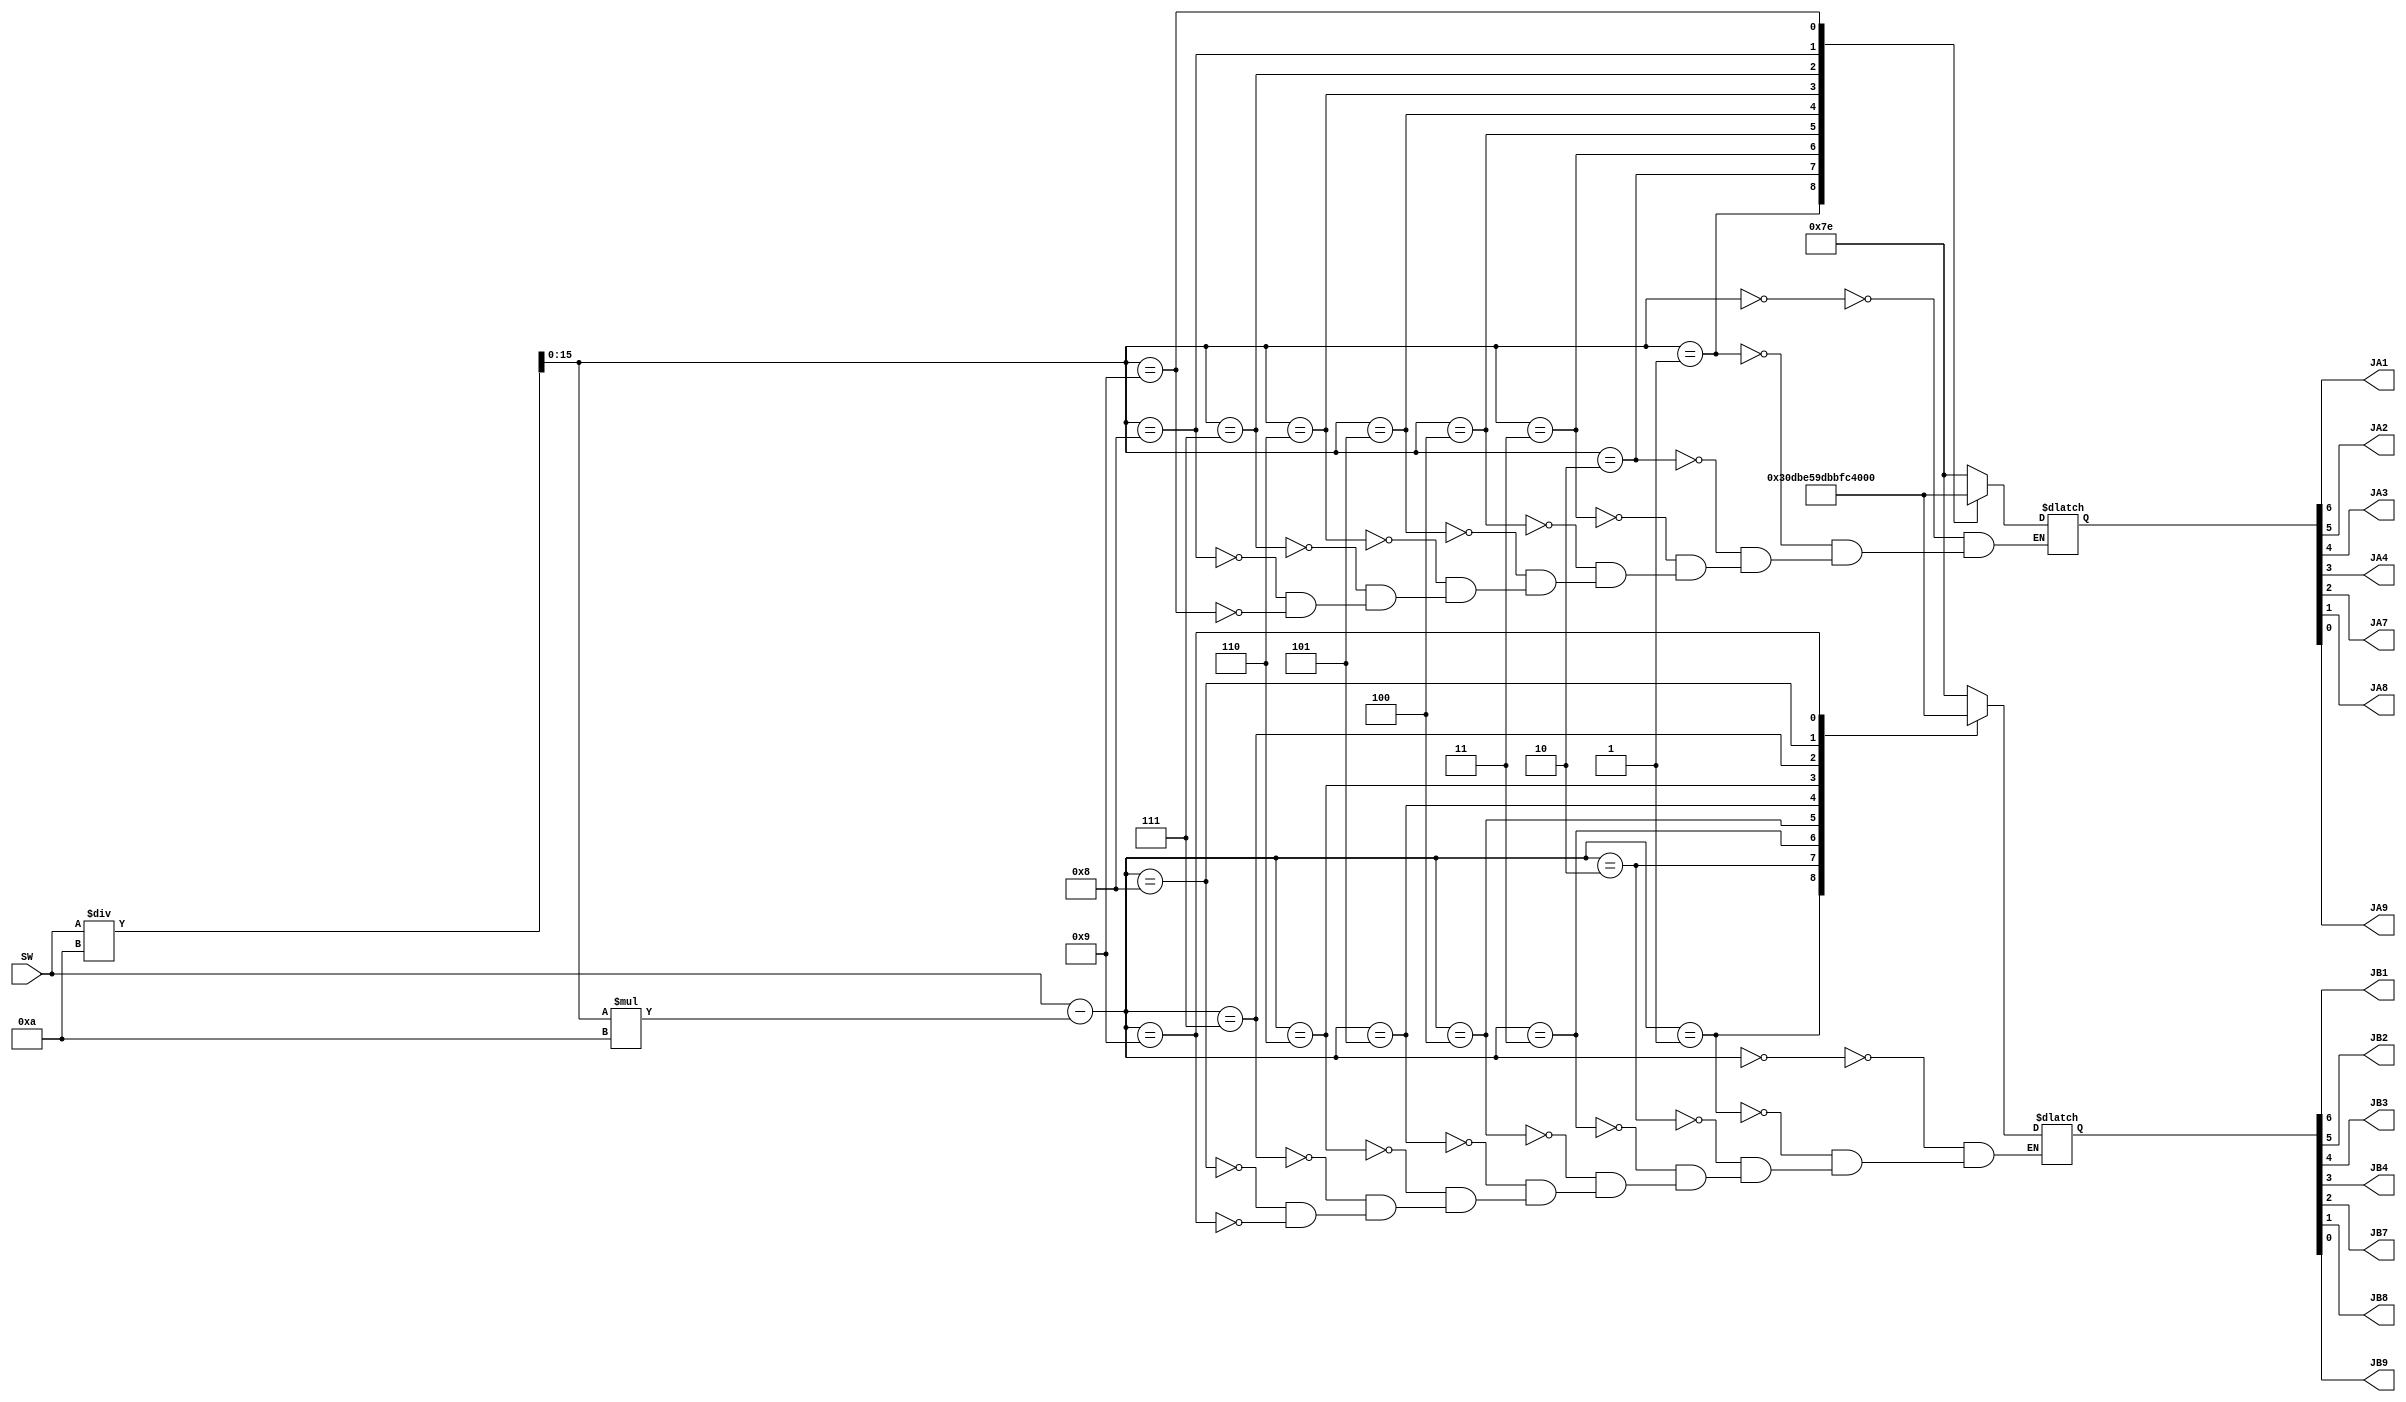
module display(JA1, JA2, JA3, JA4, JA7, JA8, JA9, JB1, JB2, JB3, JB4, JB7, JB8, JB9, SW);
    output JA1, JA2, JA3, JA4, JA7, JA8, JA9, JB1, JB2, JB3, JB4, JB7, JB8, JB9;
    input [15:0] SW;

    reg [15:0] msd, lsd = 0;
    reg [6:0] ctrl_msd, ctrl_lsd = 0;

    assign {JA1, JA2, JA3, JA4, JA7, JA8, JA9} = ctrl_msd; // JA1 = A, JA2 = B, ...
    assign {JB1, JB2, JB3, JB4, JB7, JB8, JB9} = ctrl_lsd;

    always begin
        msd = SW/10;
        lsd = SW - msd*10;
        case (msd)
            0 : ctrl_msd = 7'b1111110;
            1 : ctrl_msd = 7'b0110000;
            2 : ctrl_msd = 7'b1101101;
            3 : ctrl_msd = 7'b1111001;
            4 : ctrl_msd = 7'b0110011;
            5 : ctrl_msd = 7'b1011011;
            6 : ctrl_msd = 7'b1011111;
            7 : ctrl_msd = 7'b1110000;
            8 : ctrl_msd = 7'b1111111;
            9 : ctrl_msd = 7'b1110011;
        endcase
        case (lsd)
            0 : ctrl_lsd = 7'b1111110;
            1 : ctrl_lsd = 7'b0110000;
            2 : ctrl_lsd = 7'b1101101;
            3 : ctrl_lsd = 7'b1111001;
            4 : ctrl_lsd = 7'b0110011;
            5 : ctrl_lsd = 7'b1011011;
            6 : ctrl_lsd = 7'b1011111;
            7 : ctrl_lsd = 7'b1110000;
            8 : ctrl_lsd = 7'b1111111;
            9 : ctrl_lsd = 7'b1110011;
        endcase
    end
endmodule